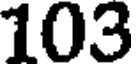
103